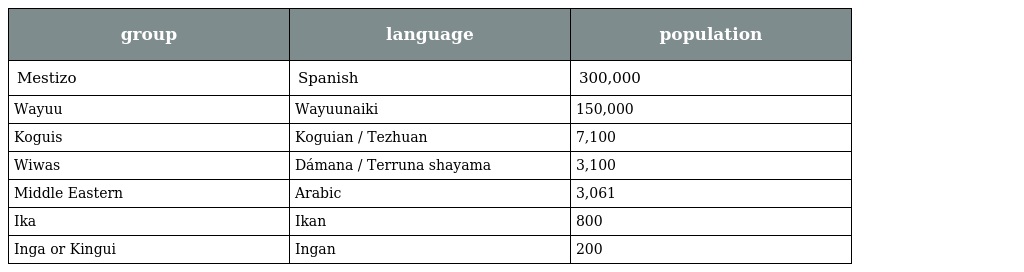
| group | language | population |
 | --- | --- | --- |
 | Mestizo | Spanish | 300,000 |
 | Wayuu | Wayuunaiki | 150,000 |
 | Koguis | Koguian / Tezhuan | 7,100 |
 | Wiwas | Dámana / Terruna shayama | 3,100 |
 | Middle Eastern | Arabic | 3,061 |
 | Ika | Ikan | 800 |
 | Inga or Kingui | Ingan | 200 |